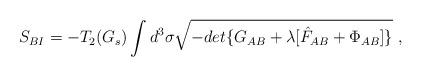
LaTeX: \begin{align*}S_{BI}=-T_2(G_s)\int d^3\sigma \sqrt{-det\{ G_{AB} + \lambda[ \hat F _{AB}+\Phi_{AB}]\} }\ ,\end{align*}